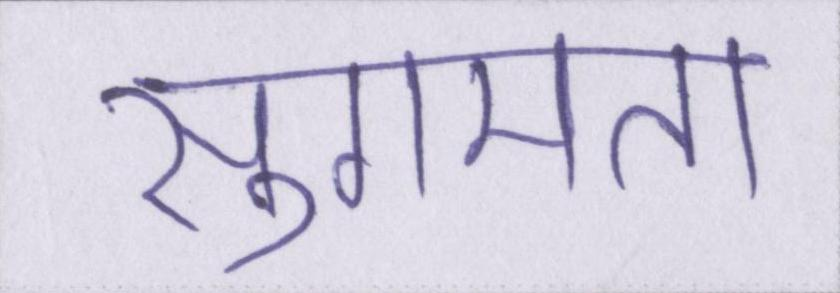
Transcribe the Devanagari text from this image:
सुगमता